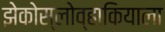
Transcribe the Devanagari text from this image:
झेकोस्लोव्हाकियाला